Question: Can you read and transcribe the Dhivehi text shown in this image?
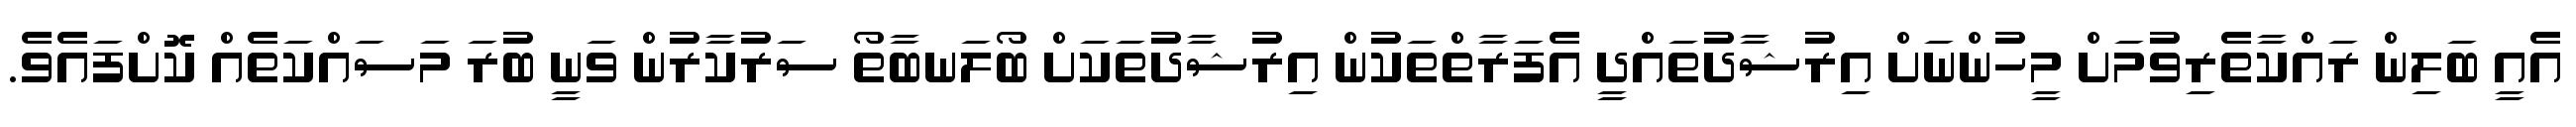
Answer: އެއީ ބަލިން ރައްކާތެރިވުމަށް މީހުންނަށް އިރުޝާދުތައްދީ އެފަރާތްތަކުން އިރުޝާދުތަކަށް ބޯލަނބާތޯ ސަރުކާރުން ވަނީ ބުރަ މަސައްކަތެއް ކޮށްފައެވެ.